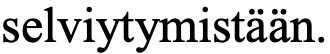
selviytymistään.